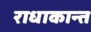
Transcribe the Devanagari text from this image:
राधाकान्‍त